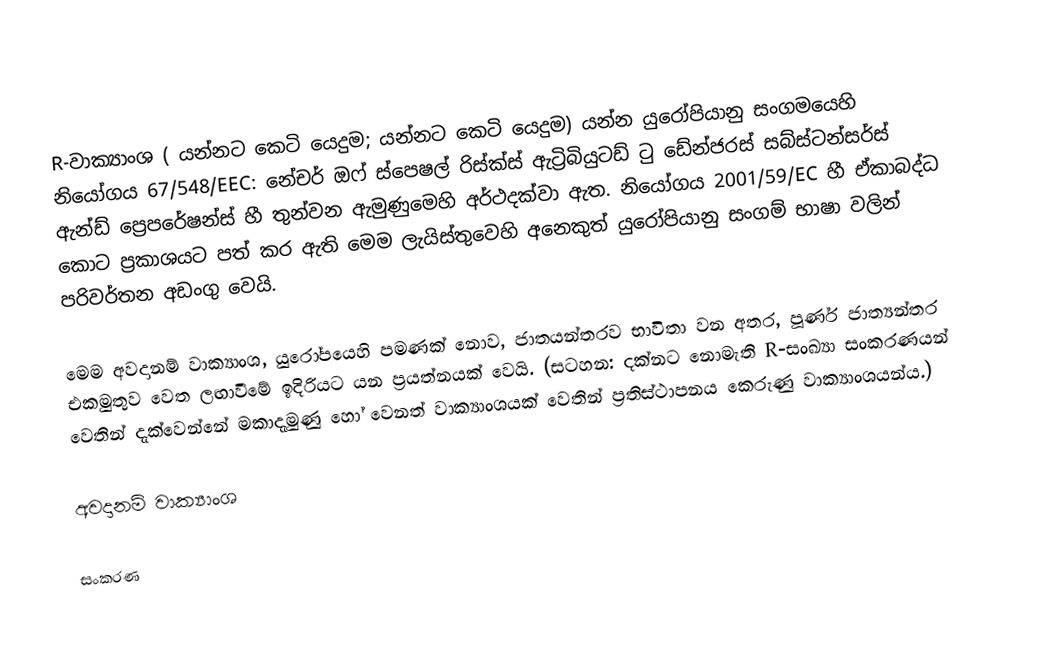
R-වාක්‍යාංශ ( යන්නට කෙටි යෙදුම;  යන්නට කෙටි යෙදුම) යන්න යුරෝපියානු සංගමයෙහි නියෝගය 67/548/EEC: නේචර් ඔෆ් ස්පෙෂල් රිස්ක්ස් ඇට්‍රිබියුටඩ් ටු ඩේන්ජරස් සබ්ස්ටන්සර්ස් ඇන්ඩ් ප්‍රෙපරේෂන්ස් හී තුන්වන ඇමුණුමෙහි අර්ථදක්වා ඇත.  නියෝගය 2001/59/EC හී ඒකාබද්ධ කොට ප්‍රකාශයට පත් කර ඇති මෙම ලැයිස්තුවෙහි අනෙකුත් යුරෝපියානු සංගම් භාෂා වලින් පරිවර්තන අඩංගු වෙයි.

මෙම අවදානම් වාක්‍යාංශ, යුරෝපයෙහි පමණක් නොව, ජාතයන්තරව භාවිතා වන අතර, පූර්ණ ජාත්‍යන්තර එකමුතුව වෙත ලඟාවීමේ  ඉදිරියට යන ප්‍රයත්නයක් වෙයි. (සටහන: දක්නට නොමැති R-සංඛ්‍යා සංකරණයන් වෙතින් දැක්වෙන්නේ මකාදැමුණු හෝ වෙනත් වාක්‍යාංශයක් වෙතින් ප්‍රතිස්ථාපනය කෙරුණු වාක්‍යාංශයන්ය.)

අවදානම් වාක්‍යාංශ

සංකරණ